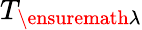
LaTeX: {T}_{\ensuremath{\lambda}}